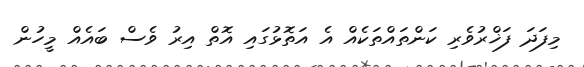
މިފަދަ ފަޚްރުވެރި ކަންތައްތަކެއް އެ އަތޮޅުގައި އޮތް އިރު ވެސް ބައެއް މީހުން